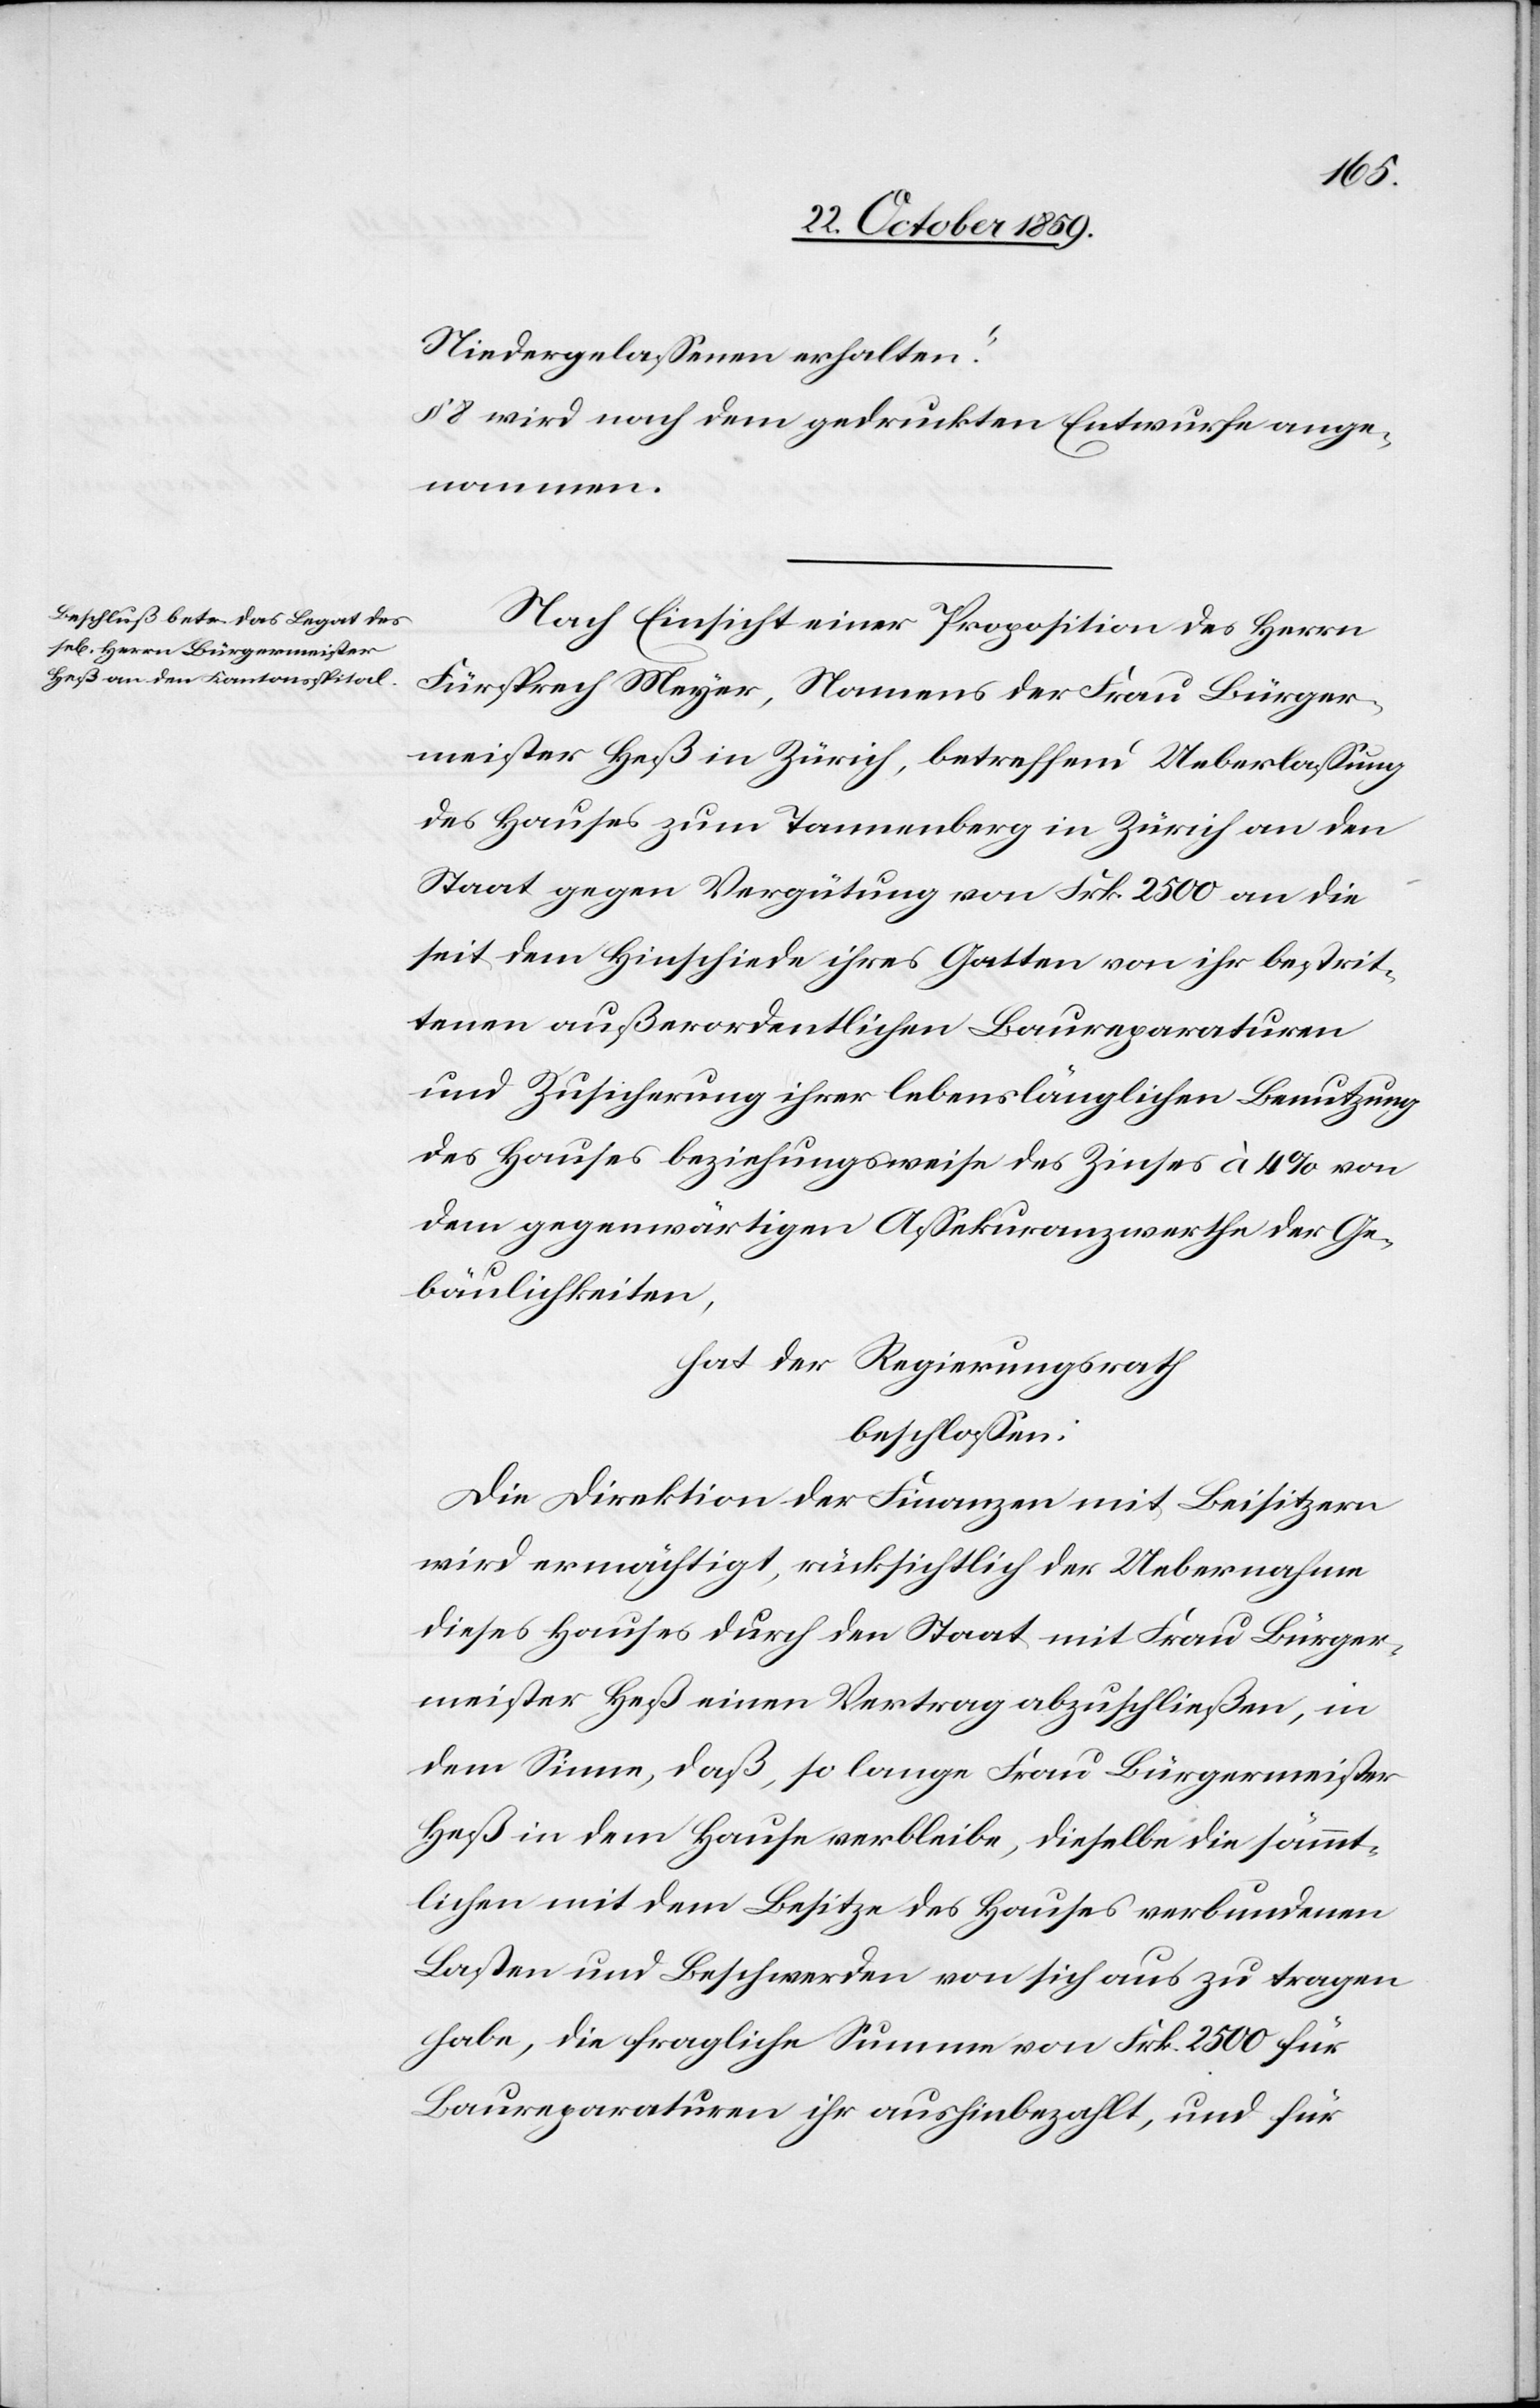
Niedergelassenen erhalten.“
8 wird nach dem gedruckten Entwurfe ange¬
nommen.
Nach Einsicht einer Proposition des Herrn
Fürsprech Meyer, Namens der Frau Bürger¬
meister Heß in Zürich, betreffend Ueberlassung
des Hauses zum Tannenberg in Zürich an den
Staat gegen Vergütung von Frk. 2500 an die
seit dem Hinscheiden ihres Gatten von ihr bestrit¬
tenen außerordentlichen Baureparaturen
und Zusicherung ihrer lebenslänglichen Benutzung
des Hauses beziehungsweise des Zinses à 4% von
dem gegenwärtigen Assekuranzwerthe der Ge¬
bäulichkeiten,
hat der Regierungsrath
beschlossen:
Die Direktion der Finanzen mit Beisitzern
wird ermächtigt, rücksichtlich der Uebernahme
dieses Hauses durch den Staat mit Frau Bürger¬
meister Heß einen Vertrag abzuschließen, in
dem Sinne, daß, so lange Frau Bürgermeister
Heß in dem Hause verbleibe, dieselbe die sämt¬
lichen mit dem Besitze des Hauses verbundenen
Lasten und Beschwerden von sich aus zu tragen
habe, die fragliche Summe von Frk. 2500 für
Baureparaturen ihr aushinbezahlt, und für